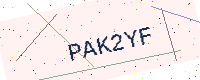
Text: PAK2YF